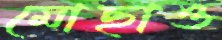
মোছাও